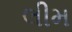
લીમ